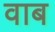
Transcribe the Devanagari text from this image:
वाब